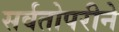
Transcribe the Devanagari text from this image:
सर्वतोपरीने